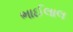
ભાઈલાલ